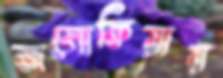
জলোকিয়ার